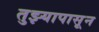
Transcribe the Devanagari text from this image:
तुझ्यापासून